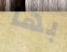
بها